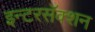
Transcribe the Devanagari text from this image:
इन्टरसॅक्शन